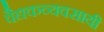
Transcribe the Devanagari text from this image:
वैद्यकव्यवसायी